Annual administration report of the Civil Veterinary Department of India - 1894-1895
Year: 1894
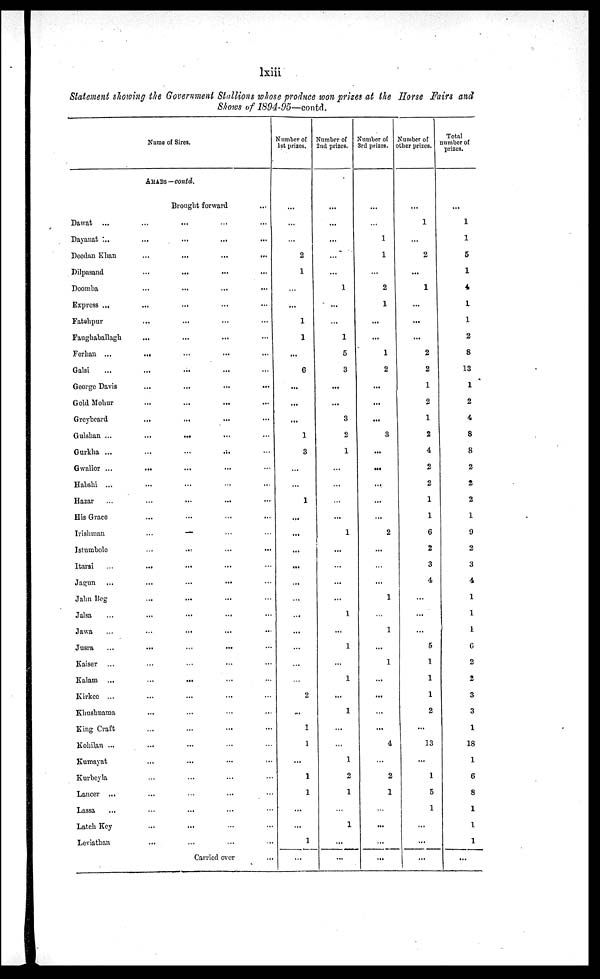
lxiii
Statement showing the Government Stallions whose produce won prizes at the Horse Fairs and
Shows of 1894-95—contd.
Name of Sires.
ARABS—contd.
Brought forward
...
Dawat ...
...
...
...
...
Dayanat ... ...
... ... ...
Deedan
Khan
...
...
...
...
Dilpasand
...
...
...
...
Doomba
...
...
...
...
Express ...
...
...
...
...
Fatehpur
...
...
... ...
Faughaballagh
...
...
...
...
Ferhan ...
…
...
... …
Galsi
...
...
... …
George Davis
...
...
...
...
Gold Mohur...
...
...
...
Greybeard
...
...
...
...
Gulshan ...
...
...
...
..
Gurkha ...
...
…
...
...
Gwalior ...
...
...
...
...
Habshi ...
...
...
…
...
Hazar
…
...
...
...
His Grace...
...
...
...
Irishman... … … …
Istumbole
…
...
......
Itarsi
...
...
...
... …
Jagun
...
...
...
...
...
Jahn Beg...
...
... …
Jalsa
...
...
...
...
...
Jawa
...
…
... ... ...
Jusra
...
...
...
... …
Kaiser ...
...
...
...
...
Kalam ...
...
...
...
...
Kirkee ...
...
...
... …
Khushnama...
...
... …
King Craft...
...
...
...
Kohilan ...
...
...
... …
Kumayat...
...
...
...
Kurbeyla...
…
... …
Lancer ...
...
…
... …
Lassa
...
…
...
... …
Latch Key...
...
...
...
Leviathan...
...
...
...
Carried over...
Number of
1st prizes.
...
…
...
2
1
...
...
1
1
...
6
...
...
...
1
3
...
...
1
...
...
...
...
...
...
...
...
...
...
…
2
...
1
1
...
1
1
...
...
1
...
Number of
2ad prizes.
...
...
...
...
...
1
...
...
1
5
3
...
...
3
2
1
...
...
...
...
1
…
…
...
...
1
...
1
...
1
...
1
...
...
1
2
1
…
1
...
...
Number of
3rd prizes.
...
...
1
1
...
2
1
...
...
1
2
...
...
...
3
...
...
...
...
...
2
...
…
...
1
1
...
1
...
...
...
...
4
...
2
1
...
...
...
...
Number of
other prizes.
...
1
...
2
...
1
...
...
...
2
2
1
2
1
2
4
2
2
1
1
6
2
3
4
…
...
...
5
1
1
1
2
...
13
...
1
5
1
...
...
...
Total
number of
prizes.
...
1
1
5
1
4
1
1
2
8
13
1
2
4
8
8
2
2
2
1
9
2
3
4
1
1
1
6
2
2
3
3
1
18
1
6
8
1
1
1
...